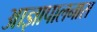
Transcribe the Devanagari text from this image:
आज्ञापालनास